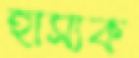
হাস্যক